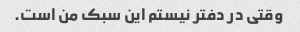
وقتی در دفتر نیستم این سبک من است.